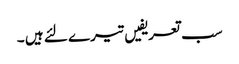
سب تعریفیں تیرے لئے ہیں ۔